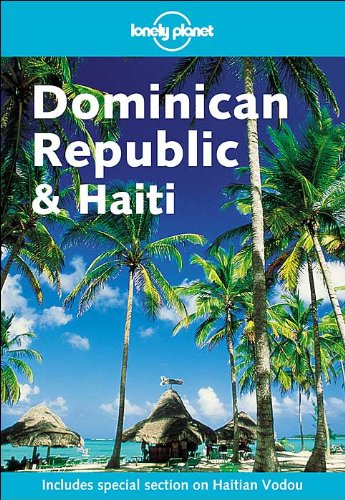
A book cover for Lonely Planet Dominican Republic & Haiti; Scott Doggett; Travel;